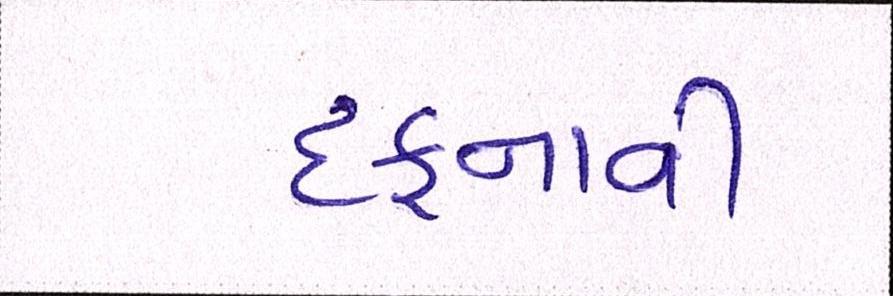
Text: દફનાવી